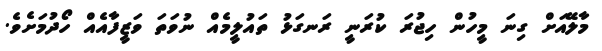
މާލޭއަށް ގިނަ މީހުން ހިޖުރަަ ކުރަނީ ރަނގަޅު ތައުލީމެއް ނުވަތަ ވަޒީފާއެއް ހޯދުމަށެވެ.